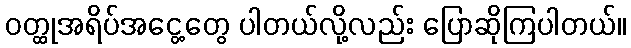
ဝတ္ထုအရိပ်အငွေ့တွေ ပါတယ်လို့လည်း ပြောဆိုကြပါတယ်။